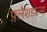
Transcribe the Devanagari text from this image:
फ़्लैशडान्स